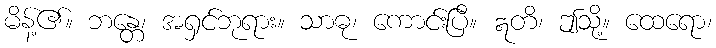
မိန့်၏။ ဘန္တေ၊ အရှင်ဘုရား။ သာဓု၊ ကောင်းပြီ။ ဣတိ၊ ဤသို့။ ထေရော၊